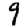
Digit: 9